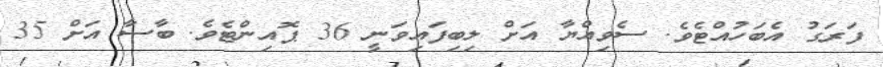
ފަރަގު އެބަހުއްޓެވެ. ސެވިއްޔާ އަށް ލިބިފައިވަނީ 36 ޕޮއިންޓެވެ. ބާސާ އަށް 35